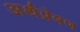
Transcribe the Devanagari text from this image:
अर्थप्रेषण